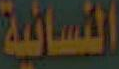
النسائية